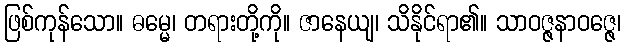
ဖြစ်ကုန်သော။ ဓမ္မေ၊ တရားတို့ကို။ ဇာနေယျ၊ သိနိုင်ရာ၏။ သာဝဇ္ဇနာဝဇ္ဇေ၊